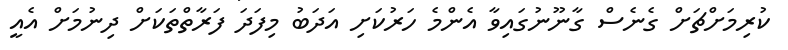
ކުރިމަށްޗަށް ގެނެސް ގާނޫނުގައިވާ އެންމެ ހަރުކަށި އަދަބު މިފަދަ ފަރާތްތަކަށް ދިނުމަށް އެއީ